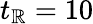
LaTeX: t_{\mathbb{R}}=10